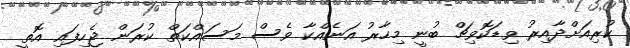
ކުރިއަށްދާއިރު ވިޑަކޮވިޗް ބުނީ މިހާރު އަނެއްކާ ވެސް މަސައްކަތް ކުރަން ޖެހިފައި އޮތީ